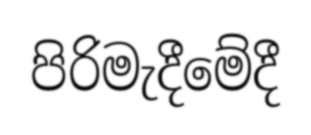
පිරිමැදීමේදී